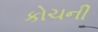
કોચની